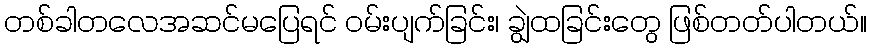
တစ်ခါတလေအဆင်မပြေရင် ဝမ်းပျက်ခြင်း၊ ချွဲထခြင်းတွေ ဖြစ်တတ်ပါတယ်။